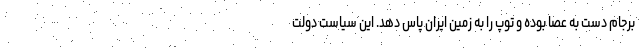
برجام دست به عصا بوده و توپ را به زمین ایران پاس دهد. این سیاست دولت